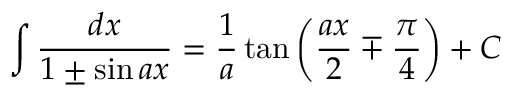
\int { \frac { d x } { 1 \pm \sin a x } } = { \frac { 1 } { a } } \tan \left( { \frac { a x } { 2 } } \mp { \frac { \pi } { 4 } } \right) + C